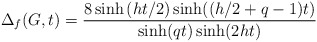
\begin{align*}\Delta _f(G,t)=\frac{8\sinh \left( ht/2\right) \sinh ((h/2+q-1)t)}{\sinh(qt)\sinh (2ht)} \end{align*}